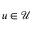
u \in \mathcal { U }